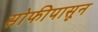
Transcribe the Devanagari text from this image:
सोफीपासून